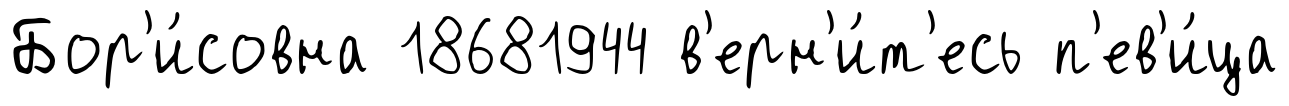
Бор'и́совна 18681944 в'ерн'и́т'есь п'ев'и́ца